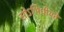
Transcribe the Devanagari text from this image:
सोऽभिधीयते